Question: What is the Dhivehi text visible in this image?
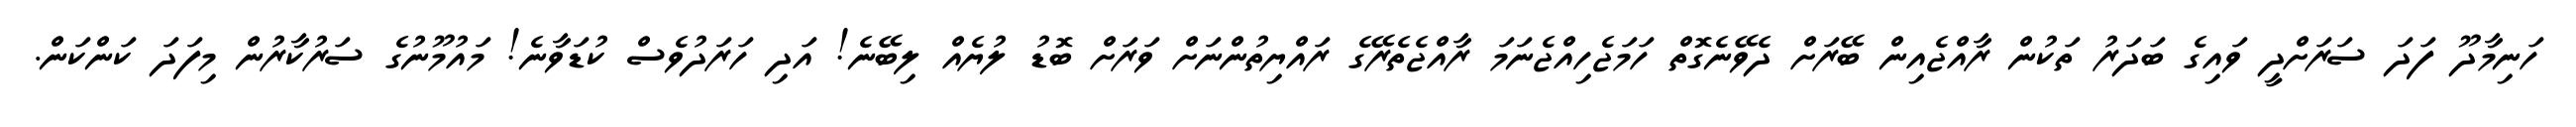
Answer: ހަނިމާދޫ ފަދަ ސަރަށްދީ ވައިގެ ބަދަރު ތަކުން ރާއްޖެއިން ބޭރަށް ދެވޭނެގޮތް ހަމަޖެހިއްޖެނަމަ ރާއްޖެތެރޭގެ ރައްޔިތުންނަށް ވަރަށް ބޮޑު ލުޔެއް ލިބޭނެ! އަދި ހަރަދުވެސް ކުޑަވާނެ! މައުމޫނުގެ ސަރުކާރުން މިފަދަ ކަންކަން.